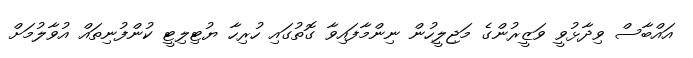
އައްބާސް ވިދާޅުވީ ވަޒީރުންގެ މަޖިލީހުން ނިންމާފައިވާ ގޮތުގައި ހުރިހާ ޔުޓިލިޓީ ކުންފުނިތައް އުވާލުމަށް